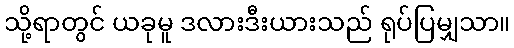
သို့ရာတွင် ယခုမူ ဒလားဒီးယားသည် ရုပ်ပြမျှသာ။